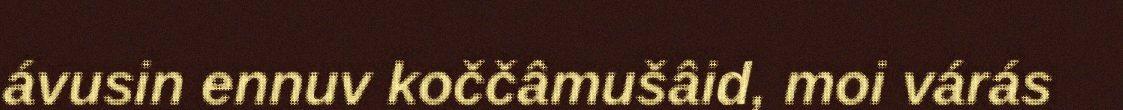
ávusin ennuv koččâmušâid, moi várás